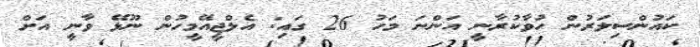
ކައުންސިލަރުން ހުވާކުރާނީ އަންނަ މަހު 26 ގައި: އެލްޖީއޭމީހުން ނޫޅޭ ވާނީ އަށް